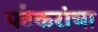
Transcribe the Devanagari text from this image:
पटेकरांचा